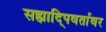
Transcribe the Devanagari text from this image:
सह्यादि्पवर्तावर